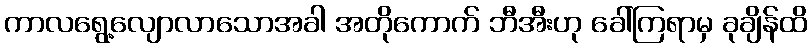
ကာလရွေ့လျောလာသောအခါ အတိုကောက် ဘီအီးဟု ခေါ်ကြရာမှ ခုချိန်ထိ